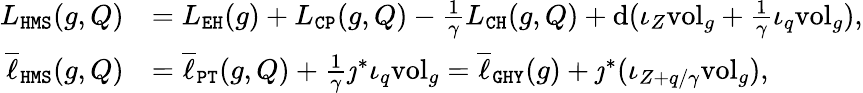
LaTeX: \begin{array}{rl}{L_{\mathtt{HMS}}(g,Q)}&{=L_{\mathtt{EH}}(g)+L_{\mathtt{CP}}(g,Q)-\frac{1}{\gamma}L_{\mathtt{CH}}(g,Q)+\mathrm{d}(\iota_{Z}\mathrm{vol}_{g}+\frac{1}{\gamma}\iota_{q}\mathrm{vol}_{g}),}\\ {\overline{{\ell}}_{\mathtt{HMS}}(g,Q)}&{=\overline{{\ell}}_{\mathtt{PT}}(g,Q)+\frac{1}{\gamma}\jmath^{*}\iota_{q}\mathrm{vol}_{g}=\overline{{\ell}}_{\mathtt{GHY}}(g)+\jmath^{*}(\iota_{Z+q/\gamma}\mathrm{vol}_{g}),}\end{array}